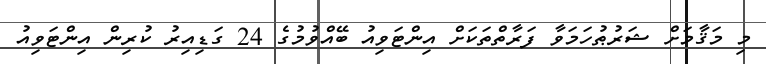
މި މަޤާމަށް ޝަރުޠުހަމަވާ ފަރާތްތަކަށް އިންޓަވިއު ބޭއްވުމުގެ 24 ގަޑިއިރު ކުރިން އިންޓަވިއު